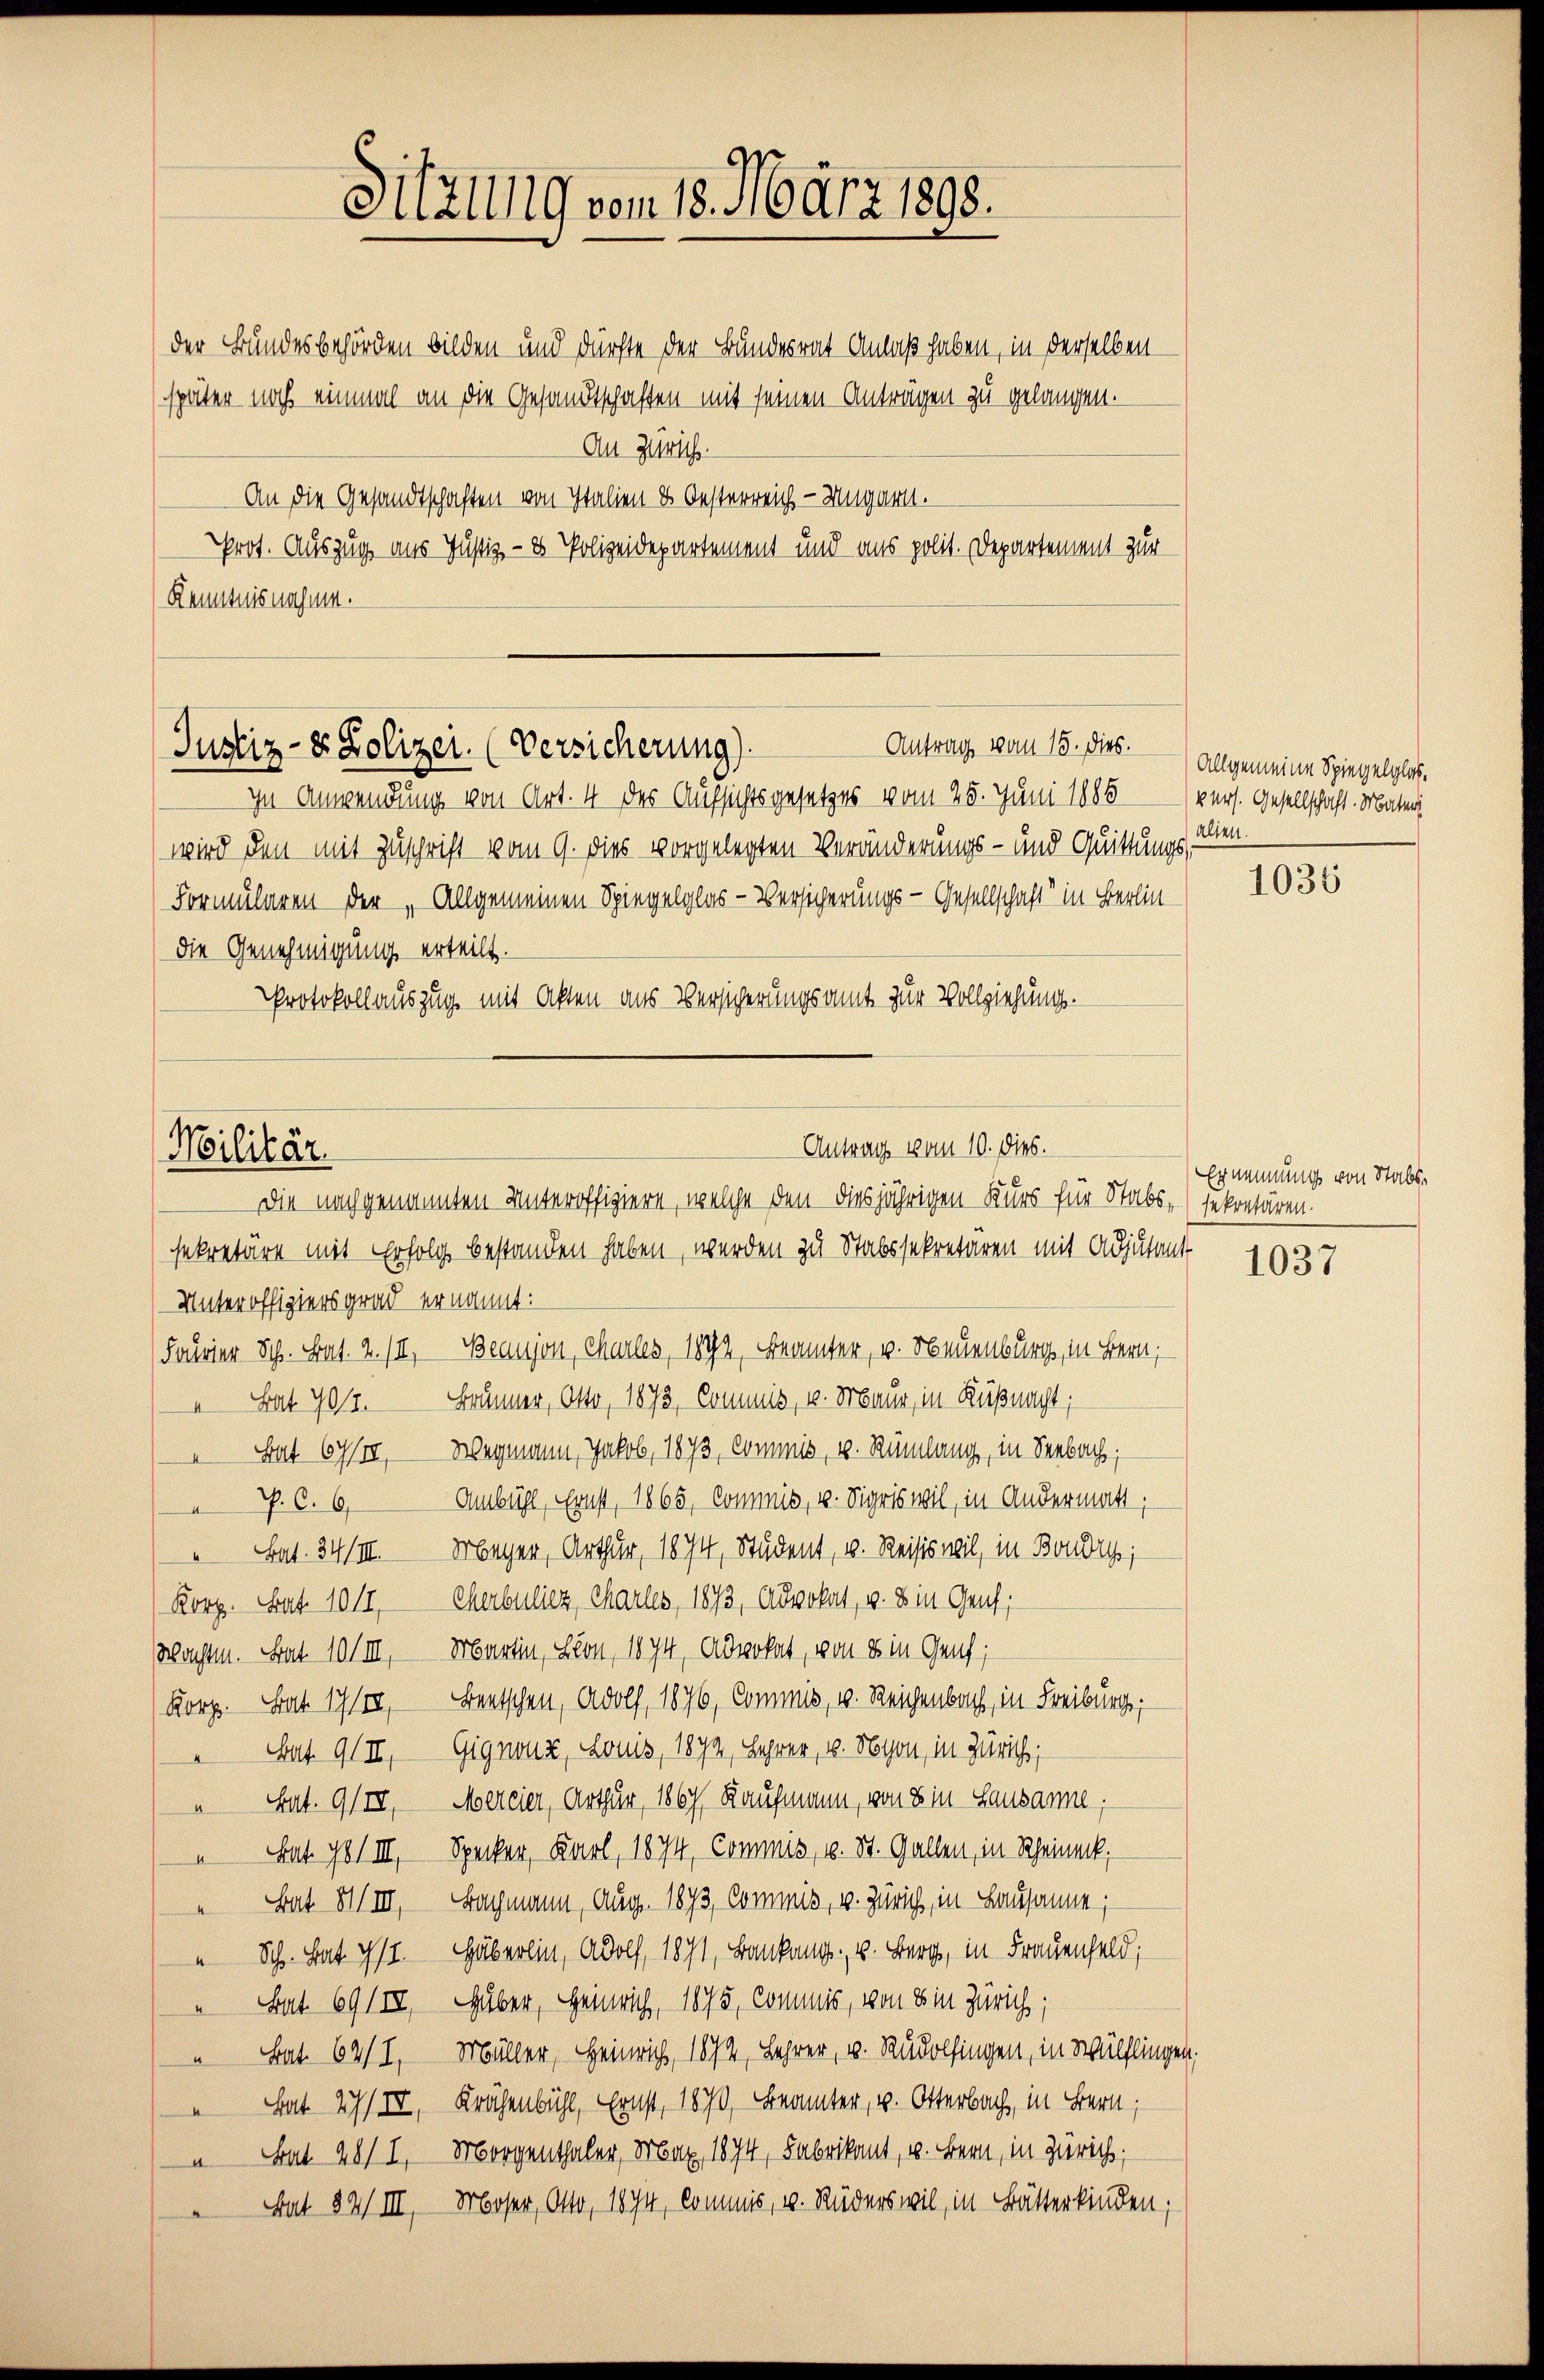
Sitzung vom 18. März 1898.

der Bundesbehörden bilden und dürfte der Bundesrat Anlaß haben, in derselben
später noch einmal an die Gesandtschaften mit seinen Anträgen zu gelangen.
An Zürich.
An die Gesandtschaften von Italien & Oesterreich - Ungart.
Prot. Auszug aus Justiz- & Polizeidepartement und aus polit. Departement zur
Kenntnisnahme.

Antrag vom 15. dies.
Justiz- & Polizei. (Versicherung)

Militär.

Antrag vom 10. dies.

In Anwendung von Art. 4 des Aufsichtsgesetzes vom 25. Juni 1886
wird den mit Zuschrift vom 9. dies vorgelegten Veränderungs- und Quittungs
Formularen der „Allgemeinen Spiegelglas- Versicherungs-Gesellschaft“ in Berlin
die Genehmigung erteilt.
Protokollauszug mit Akten aus Versicherungsamt zur Vollziehung.

Die nach genannten Unteroffiziere, welche den diesjährigen Kurs für Stabs- (sekretären.
sekretäre mit Erfolg bestanden haben, werden zu Stabssekretären mit Adjutant
Unteroffiziersgrad ernannt:
Fourier Sch. Bat. 2. II, Beaujon, charles, 1892, Beamter, v. Neuenburg, in Bern,
 Bat 700. Fränner, Otto, 1873, Commis, v. Fraue, in Küßnacht;
Bat 67/II. Wegmann, Jakob, 1873, Commis, u. Rümlang, in Seebach;
Ambühl, Ernst, 1865, Commis, u. Sigriswil, in Andermatt,
p. C. 6
 Bat. 34/III. Meyer, Arthur, 1874, Student, u. Reisis wil, in Bondes,
Korp. Stat. 1011, Cherbuliez, Charles, 1873, Advokat, v. 8 in Genf;
Wachten. Bat 10/III. Martin, Lion, 1874, Advokat, von es in Genf;
Korp. Hat 1790, Deutschen, Adolf, 1876, Commis, v. Reichenbach, in Freiburg,
 Bat. 9 (II, Gignons, Louis, 1872, Lehrer, 4. Nyon, in Zürich;
" Cat. 9/II. Mercier, Arthur, 1867, Kaufmann, von 8 in Lausanne.
 Art. 78/III. Specker, Karl, 1874, Commis, u. St. Gallen, in Scheineck,
 Bat XIIIII. Bachmann, Aug. 1873, Commis, v. Zürich, in Lausanne;
" Sch. hat ist. Häberlin, Adolf, 1871, Bankung, u. Berg, in Frauenfeld,
" Bat 69/IV, über, Heinrich, 1875, Commis, von ein Zürich;
 Bat. 62/I, Müller, Heinrich, 1874, Lehrer, u. Rudolfingen, in Wülflingen,
 hat 27/IV, Krähenbühl, Ernst, 1870, Beamter, u. Otterbach, in Bern,
 bat 48/I, Morgenthaler, Max, 1874, Fabrikant, u. Bern, in Zürich,
Bat 82/III, Moser, Otto, 18 In, kommis, u. Ruderswil, in Bätterkinden,

Allgemeine Spiegelglasvers. Gesellschaft. Materi
alten.

1035

Erimmung von Stabs¬

1037